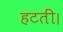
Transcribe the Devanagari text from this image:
हटतीं।